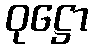
ဝုဋ္ဌော